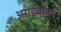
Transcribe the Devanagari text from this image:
अराईव्हल